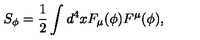
S _ { \phi } = \frac { 1 } { 2 } \int d ^ { 4 } x F _ { \mu } ( \phi ) F ^ { \mu } ( \phi ) ,